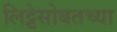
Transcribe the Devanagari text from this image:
लिट्टेसोबतच्या